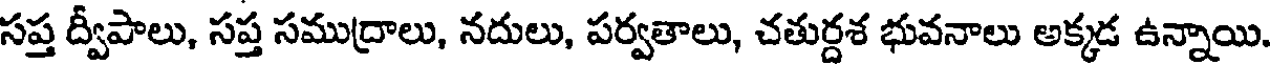
సప్త ద్వీపాలు, సప్త సముద్రాలు, నదులు, పర్వతాలు, చతుర్దశ భువనాలు అక్కడ ఉన్నాయి.